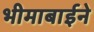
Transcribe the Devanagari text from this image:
भीमाबाईने